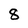
Character: 8